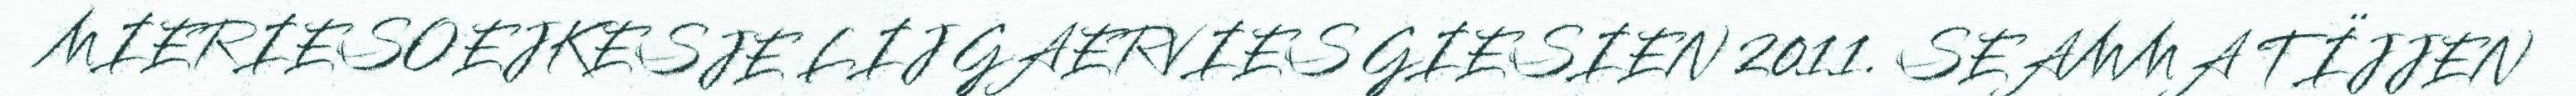
MIERIESOEJKESJE LIJ GAERVIES GIESIEN 2011. SEAMMA TÏJJEN